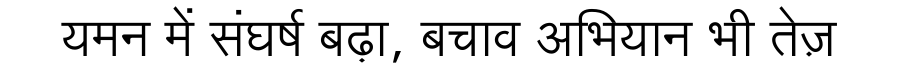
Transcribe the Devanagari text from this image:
यमन में संघर्ष बढ़ा, बचाव अभियान भी तेज़